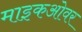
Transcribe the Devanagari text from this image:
माइकओवर